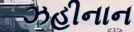
ઝહીનાન